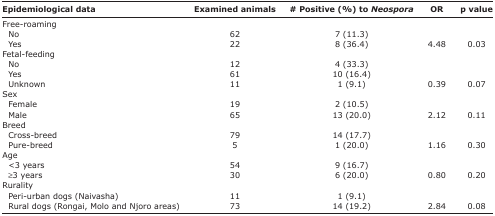
| Epidemiological data | Examined animals | # Positive (%) to Neospora | OR | p value |
 | --- | --- | --- | --- | --- |
 | Free-roaming |  |  |  |  |
 | No | 62 | 7 (11.3) |  |  |
 | Yes | 22 | 8 (36.4) | 4.48 | 0.03 |
 | Fetal-feeding |  |  |  |  |
 | No | 12 | 4 (33.3) |  |  |
 | Yes | 61 | 10 (16.4) |  |  |
 | Unknown | 11 | 1 (9.1) | 0.39 | 0.07 |
 | Sex |  |  |  |  |
 | Female | 19 | 2 (10.5) |  |  |
 | Male | 65 | 13 (20.0) | 2.12 | 0.11 |
 | Breed |  |  |  |  |
 | Cross-breed | 79 | 14 (17.7) |  |  |
 | Pure-breed | 5 | 1 (20.0) | 1.16 | 0.30 |
 | Age |  |  |  |  |
 | <3 years | 54 | 9 (16.7) |  |  |
 | ≥3 years | 30 | 6 (20.0) | 0.80 | 0.20 |
 | Rurality |  |  |  |  |
 | Peri-urban dogs (Naivasha) | 11 | 1 (9.1) |  |  |
 | Rural dogs (Rongai, Molo and Njoro areas) | 73 | 14 (19.2) | 2.84 | 0.08 |